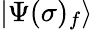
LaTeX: |\Psi(\sigma)_{f}\rangle